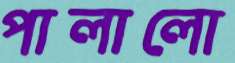
পালালো